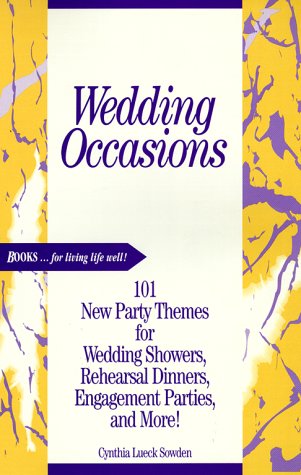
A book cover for Wedding Occasions: 101 New Party Themes for Wedding Showers, Rehearsal Dinners, Engagement Parties, and More; Cynthia Lueck Sowden; Crafts, Hobbies & Home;